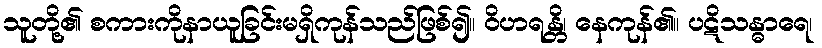
သူတို့၏ စကားကိုနာယူခြင်းမရှိကုန်သည်ဖြစ်၍။ ဝိဟရန္တိ၊ နေကုန်၏။ ပဋိသန္ဓာရေ၊